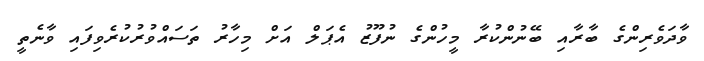
ވާދަވެރިންގެ ބާރާއި ބޭނުންކުރާ މީހުންގެ ނުފޫޒު އެޕަލް އަށް މިހާރު ތަސައްވުރުކުރެވިފައި ވާނެތީ